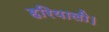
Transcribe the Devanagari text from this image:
हरियाली।